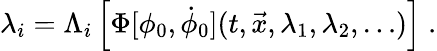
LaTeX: \lambda_{i}=\Lambda_{i}\left[\Phi[\phi_{0},\dot{\phi}_{0}](t,{\vec{x}},\lambda_{1},\lambda_{2},\dots)\right]\; .